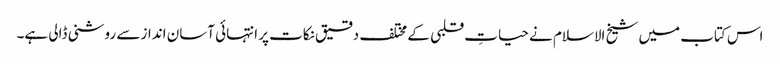
اس کتاب میں شیخ الاسلام نے حیاتِ قلبی کے مختلف دقیق نکات پر انتہائی آسان انداز سے روشنی ڈالی ہے۔